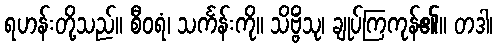
ရဟန်းတို့သည်။ စီဝရံ၊ သင်္ကန်းကို။ သိဗ္ဗိံသု၊ ချုပ်ကြကုန်၏။ တဒါ၊